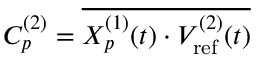
C _ { p } ^ { ( 2 ) } = \overline { { X _ { p } ^ { ( 1 ) } ( t ) \cdot V _ { \mathrm { r e f } } ^ { ( 2 ) } ( t ) } }